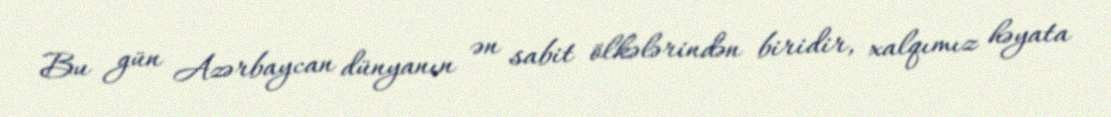
Bu gün Azərbaycan dünyanın ən sabit ölkələrindən biridir, xalqımız həyata